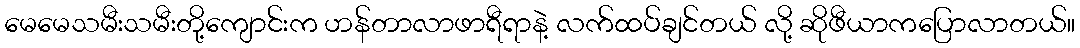
မေမေသမီးသမီးတို့ကျောင်းက ဟန်တာလာဖာရီရာနဲ့ လက်ထပ်ချင်တယ် လို့ ဆိုဖီယာကပြောလာတယ်။